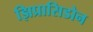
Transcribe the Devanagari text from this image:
झिप्रासिडोन